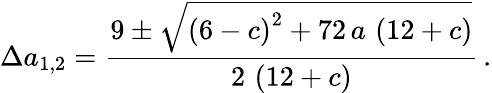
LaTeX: \Delta a_{1,2}=\frac{9\pm{\sqrt{{\left(6-c\right)}^{2}+72\, a\, \left(12+c\right)}}}{2\, \left(12+c\right)}\, .